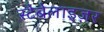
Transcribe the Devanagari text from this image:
स्टेबेलाइज़र